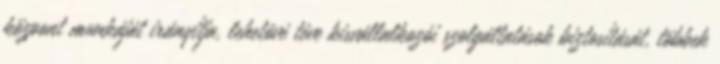
központ munkáját irányítja, lehetôvé téve kisvállalkozói szolgáltatások biztosítását, többek